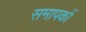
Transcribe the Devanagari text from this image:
समापकों